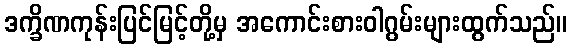
ဒက္ခိဏကုန်းပြင်မြင့်တို့မှ အကောင်းစားဝါဂွမ်းများထွက်သည်။